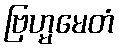
ဗြဟ္မမေတံ